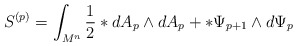
\begin{align*}S^{(p)} = \int_{M^{n}}^{ } { 1 \over 2} \ast dA_{p} \wedge dA_{p} +\ast \Psi_{p+1} \wedge d \Psi_{p}\end{align*}